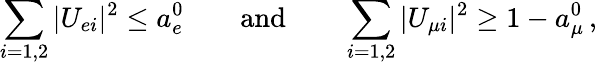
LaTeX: \sum_{i=1,2}|U_{ei}|^{2}\leq a_{e}^{0}\qquad\mathrm{and}\qquad\sum_{i=1,2}|U_{{\mu}i}|^{2}\geq 1-a_{\mu}^{0}\, ,